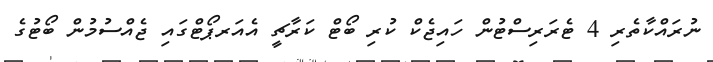
ނުރައްކާތެރި 4 ޓެރަރިސްޓުން ހައިޖެކް ކުރި ބޯޓް ކަރާޗީ އެއަރޕޯޓްގައި ޖެއްސުމުން ބޯޓުގެ